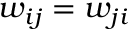
w _ { i j } = w _ { j i }